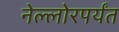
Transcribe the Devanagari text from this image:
नेल्लोरपर्यंत